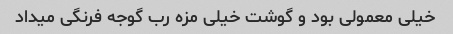
خیلی معمولی بود و گوشت خیلی مزه رب گوجه فرنگی میداد